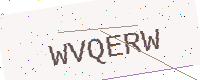
Text: WVQERW